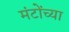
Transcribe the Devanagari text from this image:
मंटोंच्या